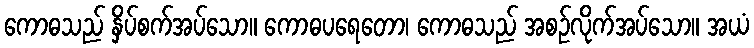
ကောဓသည် နှိပ်စက်အပ်သော။ ကောဓပရေတော၊ ကောဓသည် အစဉ်လိုက်အပ်သော။ အယံ